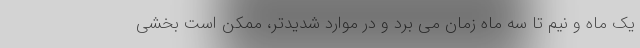
یک ماه و نیم تا سه ماه زمان می برد و در موارد شدیدتر، ممکن است بخشی